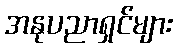
အနုပညာရှင်များ